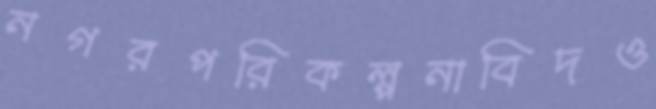
নগরপরিকল্পনাবিদও